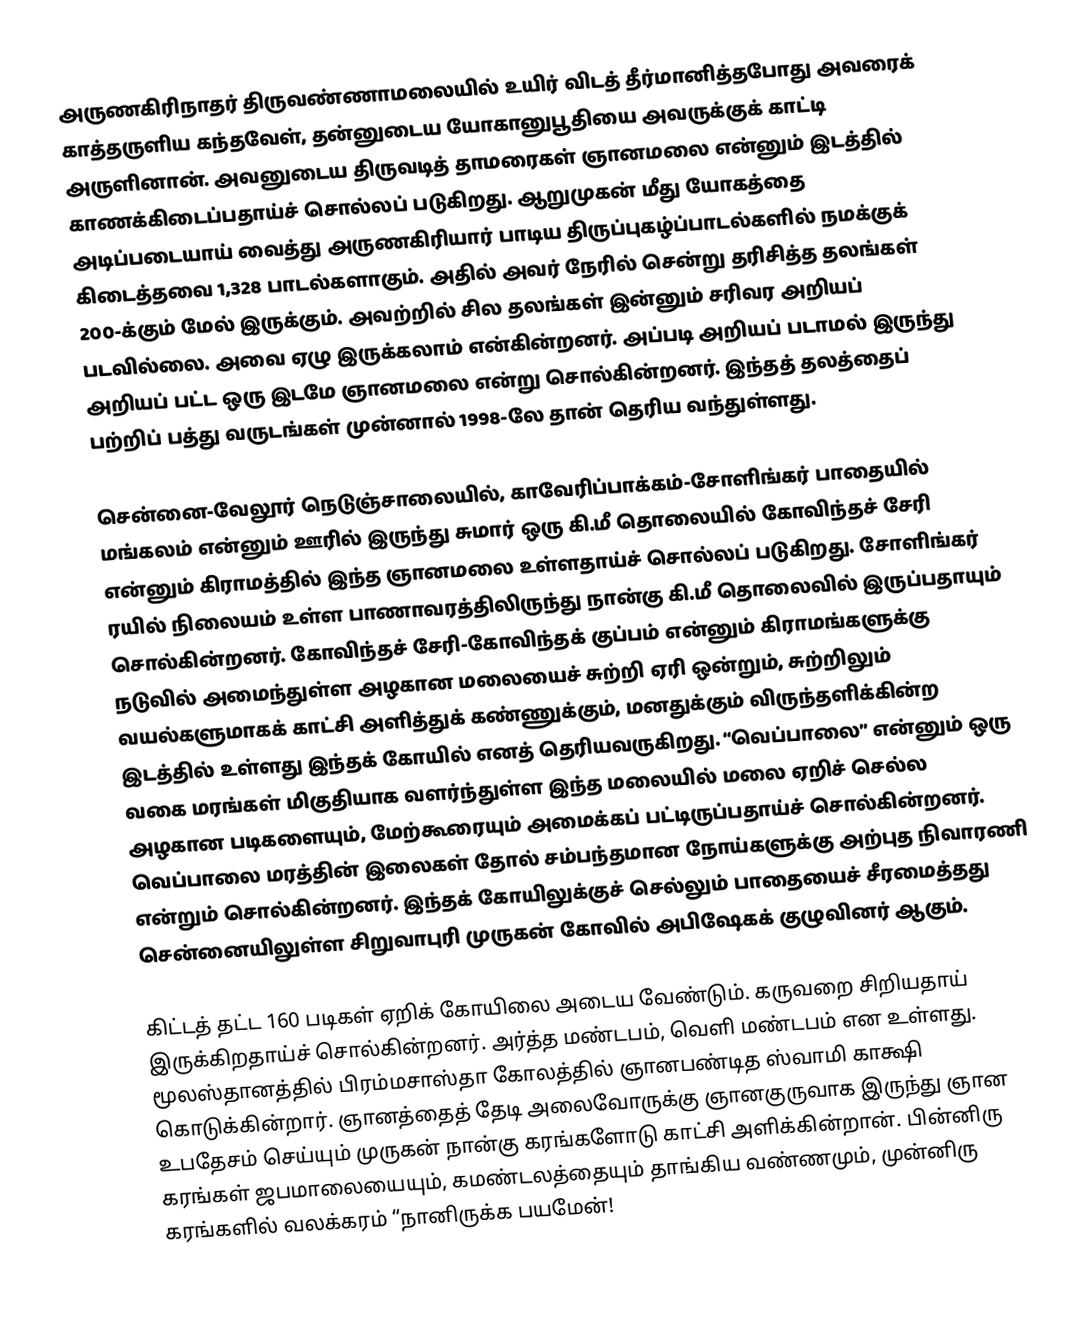
அருணகிரிநாதர் திருவண்ணாமலையில் உயிர் விடத் தீர்மானித்தபோது அவரைக் காத்தருளிய கந்தவேள், தன்னுடைய யோகானுபூதியை அவருக்குக் காட்டி அருளினான். அவனுடைய திருவடித் தாமரைகள் ஞானமலை என்னும் இடத்தில் காணக்கிடைப்பதாய்ச் சொல்லப் படுகிறது. ஆறுமுகன் மீது யோகத்தை அடிப்படையாய் வைத்து அருணகிரியார் பாடிய திருப்புகழ்ப்பாடல்களில் நமக்குக் கிடைத்தவை 1,328 பாடல்களாகும். அதில் அவர் நேரில் சென்று தரிசித்த தலங்கள் 200-க்கும் மேல் இருக்கும். அவற்றில் சில தலங்கள் இன்னும் சரிவர அறியப் படவில்லை. அவை ஏழு இருக்கலாம் என்கின்றனர். அப்படி அறியப் படாமல் இருந்து அறியப் பட்ட ஒரு இடமே ஞானமலை என்று சொல்கின்றனர். இந்தத் தலத்தைப் பற்றிப் பத்து வருடங்கள் முன்னால் 1998-லே தான் தெரிய வந்துள்ளது.

சென்னை-வேலூர் நெடுஞ்சாலையில், காவேரிப்பாக்கம்-சோளிங்கர் பாதையில் மங்கலம் என்னும் ஊரில் இருந்து சுமார் ஒரு கி.மீ தொலையில் கோவிந்தச் சேரி என்னும் கிராமத்தில் இந்த ஞானமலை உள்ளதாய்ச் சொல்லப் படுகிறது. சோளிங்கர் ரயில் நிலையம் உள்ள பாணாவரத்திலிருந்து நான்கு கி.மீ தொலைவில் இருப்பதாயும் சொல்கின்றனர். கோவிந்தச் சேரி-கோவிந்தக் குப்பம் என்னும் கிராமங்களுக்கு நடுவில் அமைந்துள்ள அழகான மலையைச் சுற்றி ஏரி ஒன்றும், சுற்றிலும் வயல்களுமாகக் காட்சி அளித்துக் கண்ணுக்கும், மனதுக்கும் விருந்தளிக்கின்ற இடத்தில் உள்ளது இந்தக் கோயில் எனத் தெரியவருகிறது. “வெப்பாலை” என்னும் ஒரு வகை மரங்கள் மிகுதியாக வளர்ந்துள்ள இந்த மலையில் மலை ஏறிச் செல்ல அழகான படிகளையும், மேற்கூரையும் அமைக்கப் பட்டிருப்பதாய்ச் சொல்கின்றனர். வெப்பாலை மரத்தின் இலைகள் தோல் சம்பந்தமான நோய்களுக்கு அற்புத நிவாரணி என்றும் சொல்கின்றனர். இந்தக் கோயிலுக்குச் செல்லும் பாதையைச் சீரமைத்தது சென்னையிலுள்ள சிறுவாபுரி முருகன் கோவில் அபிஷேகக் குழுவினர் ஆகும்.

கிட்டத் தட்ட 160 படிகள் ஏறிக் கோயிலை அடைய வேண்டும். கருவறை சிறியதாய் இருக்கிறதாய்ச் சொல்கின்றனர். அர்த்த மண்டபம், வெளி மண்டபம் என உள்ளது. மூலஸ்தானத்தில் பிரம்மசாஸ்தா கோலத்தில் ஞானபண்டித ஸ்வாமி காக்ஷி கொடுக்கின்றார். ஞானத்தைத் தேடி அலைவோருக்கு ஞானகுருவாக இருந்து ஞான உபதேசம் செய்யும் முருகன் நான்கு கரங்களோடு காட்சி அளிக்கின்றான். பின்னிரு கரங்கள் ஜபமாலையையும், கமண்டலத்தையும் தாங்கிய வண்ணமும், முன்னிரு கரங்களில் வலக்கரம் “நானிருக்க பயமேன்!